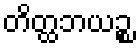
တိတ္ထဘယဉ္စ